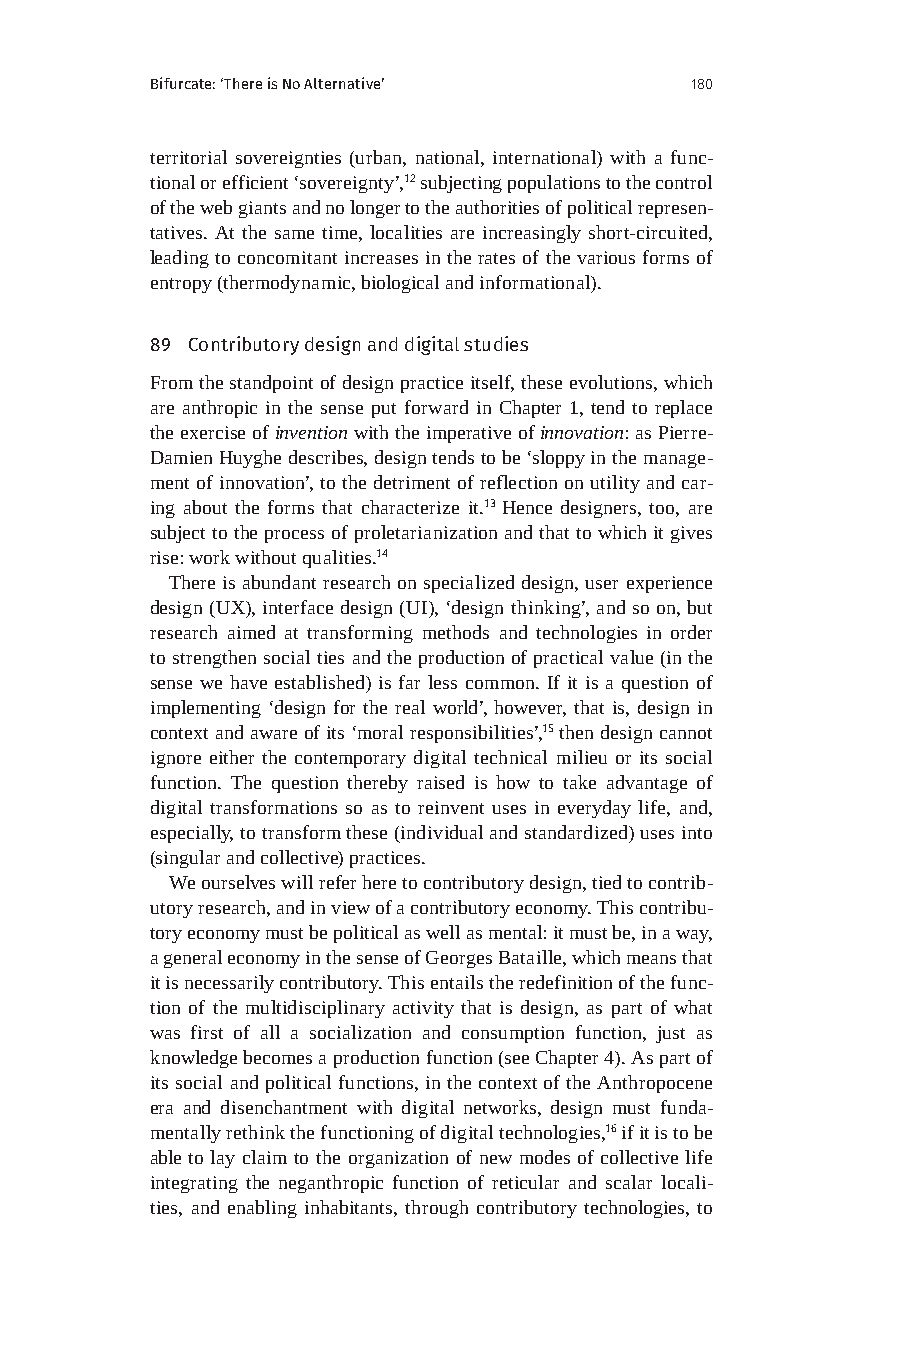
Bifurcate: ‘There is No Alternative’ 180
 territorial sovereignties (urban, national, international) with a func-
 tional or efficient ‘sovereignty’,12 subjecting populations to the control
 of the web giants and no longer to the authorities of political represen-
 tatives. At the same time, localities are increasingly short-circuited,
 leading to concomitant increases in the rates of the various forms of
 entropy (thermodynamic, biological and informational).
 89 Contributory design and digital studies
 From the standpoint of design practice itself, these evolutions, which
 are anthropic in the sense put forward in Chapter 1, tend to replace
 the exercise of invention with the imperative of innovation: as Pierre-
 Damien Huyghe describes, design tends to be ‘sloppy in the manage-
 ment of innovation’, to the detriment of reflection on utility and car-
 ing about the forms that characterize it.13 Hence designers, too, are
 subject to the process of proletarianization and that to which it gives
 rise: work without qualities.14
 There is abundant research on specialized design, user experience
 design (UX), interface design (UI), ‘design thinking’, and so on, but
 research aimed at transforming methods and technologies in order
 to strengthen social ties and the production of practical value (in the
 sense we have established) is far less common. If it is a question of
 implementing ‘design for the real world’, however, that is, design in
 context and aware of its ‘moral responsibilities’,15 then design cannot
 ignore either the contemporary digital technical milieu or its social
 function. The question thereby raised is how to take advantage of
 digital transformations so as to reinvent uses in everyday life, and,
 especially, to transform these (individual and standardized) uses into
 (singular and collective) practices.
 We ourselves will refer here to contributory design, tied to contrib-
 utory research, and in view of a contributory economy. This contribu-
 tory economy must be political as well as mental: it must be, in a way,
 a general economy in the sense of Georges Bataille, which means that
 it is necessarily contributory. This entails the redefinition of the func-
 tion of the multidisciplinary activity that is design, as part of what
 was first of all a socialization and consumption function, just as
 knowledge becomes a production function (see Chapter 4). As part of
 its social and political functions, in the context of the Anthropocene
 era and disenchantment with digital networks, design must funda-
 mentally rethink the functioning of digital technologies,16 if it is to be
 able to lay claim to the organization of new modes of collective life
 integrating the neganthropic function of reticular and scalar locali-
 ties, and enabling inhabitants, through contributory technologies, to